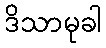
ဒိသာမုခါ